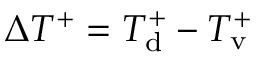
\Delta T ^ { + } = T _ { \mathrm { d } } ^ { + } - T _ { \mathrm { v } } ^ { + }